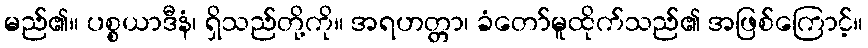
မည်၏။ ပစ္စယာဒီနံ၊ ရှိသည်တို့ကို။ အရဟတ္တာ၊ ခံတော်မူထိုက်သည်၏ အဖြစ်ကြောင့်။